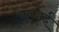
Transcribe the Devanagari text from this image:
कैकाई